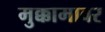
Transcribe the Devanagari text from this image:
मुक्कामावर